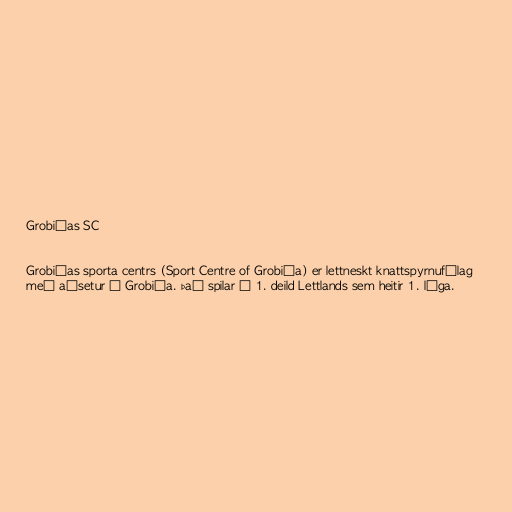
Grobiņas SC

Grobiņas sporta centrs (Sport Centre of Grobiņa) er lettneskt knattspyrnufélag
með aðsetur í Grobiņa. Það spilar í 1. deild Lettlands sem heitir 1. līga.